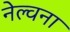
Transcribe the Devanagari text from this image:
नेल्वना